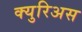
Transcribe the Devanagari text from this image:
क्युरिअस